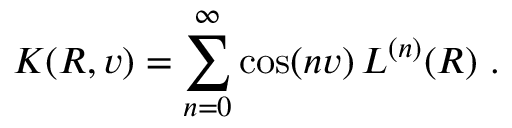
K ( R , v ) = \sum _ { n = 0 } ^ { \infty } \cos ( n v ) \, L ^ { ( n ) } ( R ) \ .